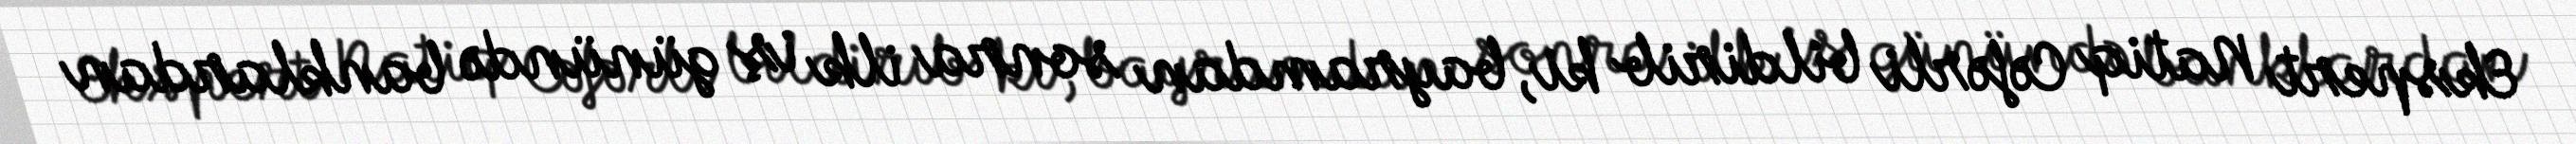
Ekspert Natiq Cəfərli bildirib ki, bayramdan sonra ilk iş günündə banklardan